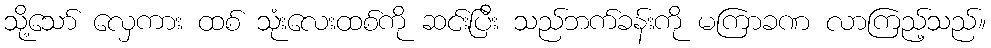
သို့သော် လှေကား ထစ် သုံးလေးထစ်ကို ဆင်းပြီး သည်ဘက်ခန်းကို မကြာခဏ လာကြည့်သည်။